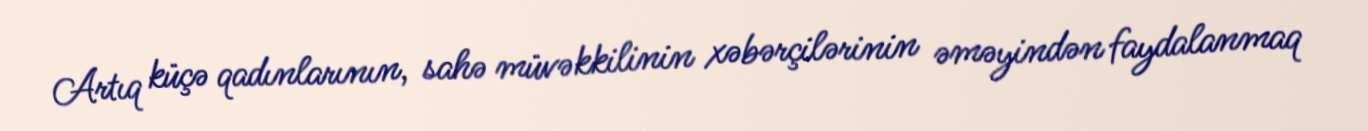
Artıq küçə qadınlarının, sahə müvəkkilinin xəbərçilərinin əməyindən faydalanmaq